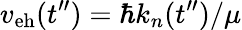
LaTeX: v_{\mathrm{eh}}(t^{\prime\prime})={\hbar k_{n}(t^{\prime\prime})}/{\mu}